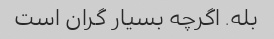
بله. اگرچه بسیار گران است